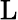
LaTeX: \mathrm{L}